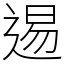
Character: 逷